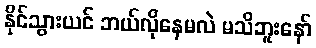
နိုင်သွားယင် ဘယ်လိုနေမလဲ မသိဘူးနော်